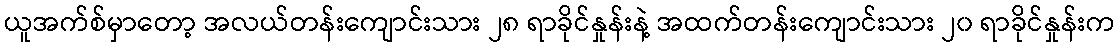
ယူအက်စ်မှာတော့ အလယ်တန်းကျောင်းသား ၂၈ ရာခိုင်နှုန်းနဲ့ အထက်တန်းကျောင်းသား ၂၀ ရာခိုင်နှုန်းက